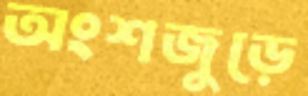
অংশজুড়ে